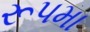
રૂપમા